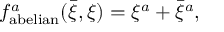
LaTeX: f _ { \mathrm { a b e l i a n } } ^ { a } ( { \bar { \xi } } , \xi ) = \xi ^ { a } + { \bar { \xi } } ^ { a } ,